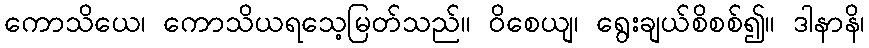
ကောသိယေ၊ ကောသိယရသေ့မြတ်သည်။ ဝိစေယျ၊ ရွေးချယ်စိစစ်၍။ ဒါနာနိ၊